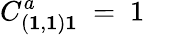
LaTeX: C_{({\mathbf 1},{\mathbf 1}){\mathbf 1}}^{a}\ =\ 1\quad